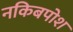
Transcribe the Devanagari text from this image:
नकिबपोश